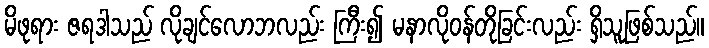
မိဖုရား ဇရဒါသည် လိုချင်လောဘလည်း ကြီး၍ မနာလိုဝန်တိုခြင်းလည်း ရှိသူဖြစ်သည်။